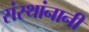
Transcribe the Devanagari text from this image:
संस्थांनानी